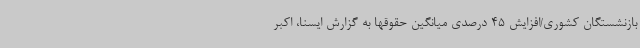
بازنشستگان کشوری/افزایش 45 درصدی میانگین حقوقها به گزارش ایسنا، اکبر